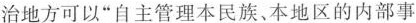
治地方可以”自主管理本民族、本地区的内部事